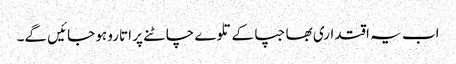
اب یہ اقتداری بھاجپا کے تلوے چاٹنے پر اتارو ہو جائیں گے۔